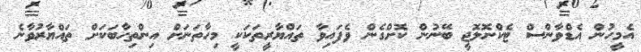
އެމީހުން އެޑްވާންސް ޓެކްނޮލޮޖީ ބޭނުން ކޮށްގެން ވެފައިވާ ތައްޔާރީތަކަކީ މިހާތަނަށް އިންތިހާބަކަށް ތައްޔާރުވާނެ